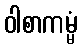
ဝါစာကမ္မံ